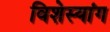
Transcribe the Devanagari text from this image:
विशेस्यांग